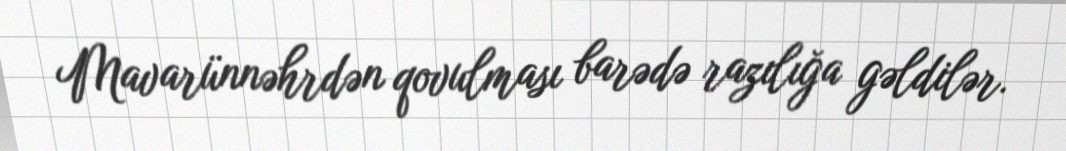
Mavarünnəhrdən qovulması barədə razılığa gəldilər.